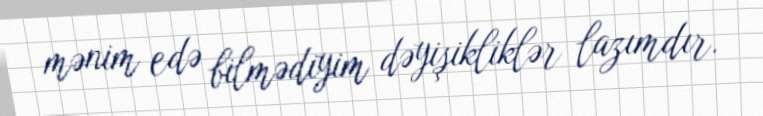
mənim edə bilmədiyim dəyişikliklər lazımdır.